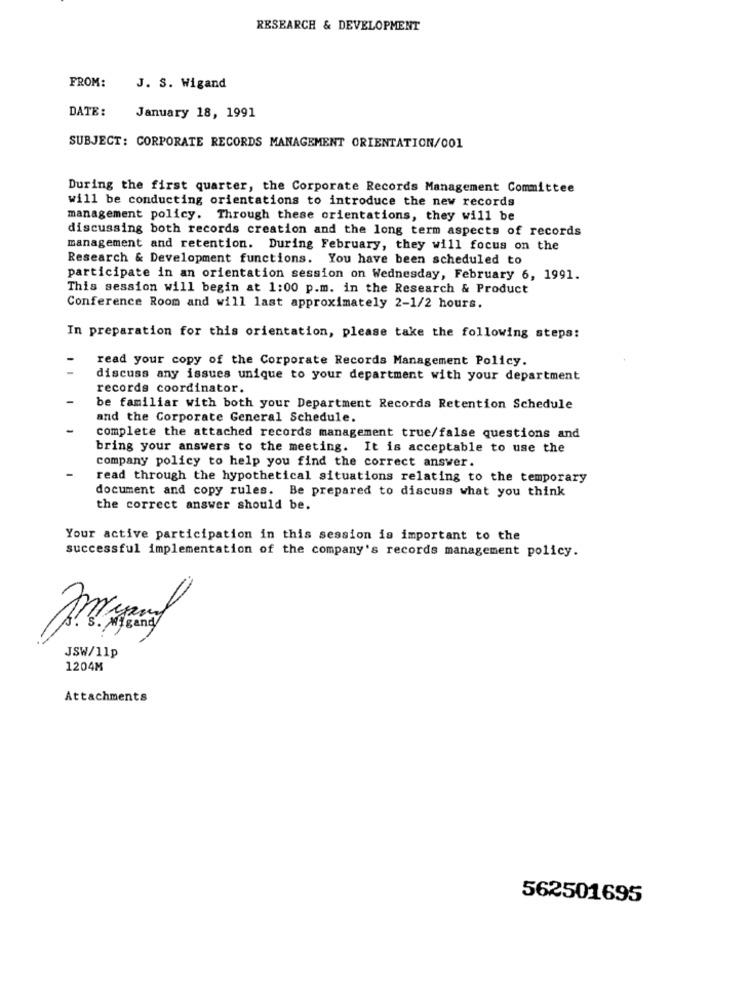
RESEARCH & DEVELOPMENT
FROM:
J. S. Wigand
DATE:
January 18, 1991
SUBJECT: CORPORATE RECORDS MANAGEMENT ORIENTATION/001
During the first quarter, the Corporate Records Management Committee
will be conducting orientations to introduce the new records
management policy. Through these orientations, they will be
discussing both records creation and the long term aspects of records
management and retention. During February, they will focus on the
Research & Development functions. You have been scheduled to
participate in an orientation session on Wednesday, February 6, 1991.
This session will begin at 1:00 p.m. in the Research & Product
Conference Room and will last approximately 2-1/2 hours.
In preparation for this orientation, please take the following steps:
-
read your copy of the Corporate Records Management Policy.
discuss any issues unique to your department with your department
records coordinator.
be familiar with both your Department Records Retention Schedule
and the Corporate General Schedule.
complete the attached records management true/false questions and
bring your answers to the meeting. It is acceptable to use the
company policy to help you find the correct answer.
read through the hypothetical situations relating to the temporary
document and copy rules. Be prepared to discuss what you think
the correct answer should be.
Your active participation in this session is important to the
successful implementation of the company's records management policy.
JSW/11p
1204M
Attachments
562501695